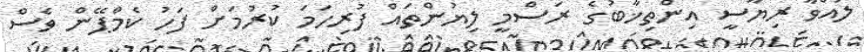
ލައްވާ ރިޔާސީ އިންތިޚާބުގެ ރަސްމީ ލިޔުންތައް ފުރިހަމަ ކުރުމަށް ފަހު ކެމްޕޭން ވެސް